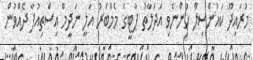
މުރައިދޫ ކައުންސިލް ހުންނެވި އަދަލާތު ޕާޓީގެ މެމްބަރު އަލީ ނަދީމް އިސްތިއުފާ ދެއްވުން